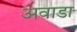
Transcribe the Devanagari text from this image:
अवाडा